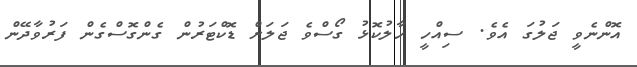
އޮންނެވީ ޖަލުގަ އެވެ. ސިއްހީ ހާލުކޮޅު ގޯސްވެ ޖަލަށް ޑޮކްޓަރުން ގެންގޮސްގެން ފަރުވާދޭން